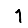
Digit: 1